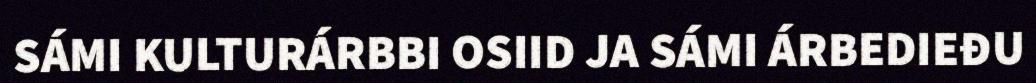
SÁMI KULTURÁRBBI OSIID JA SÁMI ÁRBEDIEĐU